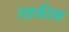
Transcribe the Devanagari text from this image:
तहकीक